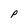
Character: p